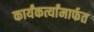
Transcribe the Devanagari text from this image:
कार्यंकर्त्यांमार्फत